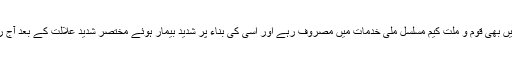
حضرت والا اپنی علالت میں بھی قوم و ملت کیم مسلسل ملی خدمات میں مصروف رہے اور اسی کی بناء پر شدید بیمار ہوئے مختصر شدید علالت کے بعد آج رات اللہ کو پیارے ہوگئے ۔